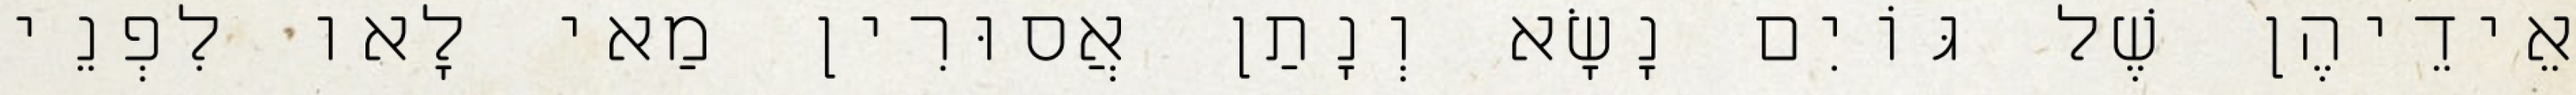
אֵידֵיהֶן שֶׁל גּוֹיִם נָשָׂא וְנָתַן אֲסוּרִין מַאי לָאו לִפְנֵי